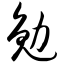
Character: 勉